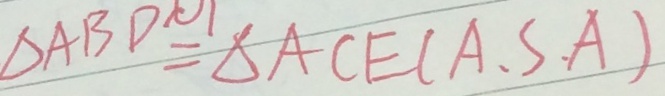
\Delta A B D = \Delta A C E = ( A . S . A )